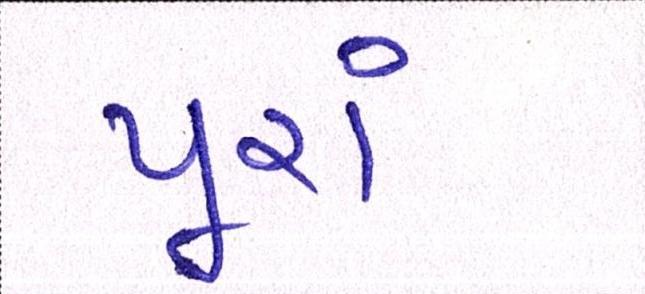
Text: પૂરાં